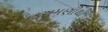
ડરામણીથી